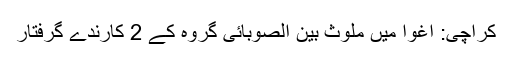
کراچی: اغوا میں ملوث بین الصوبائی گروہ کے 2 کارندے گرفتار